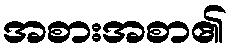
အစားအစာ၏